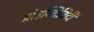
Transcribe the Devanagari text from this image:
प्रोडक्टिविटी